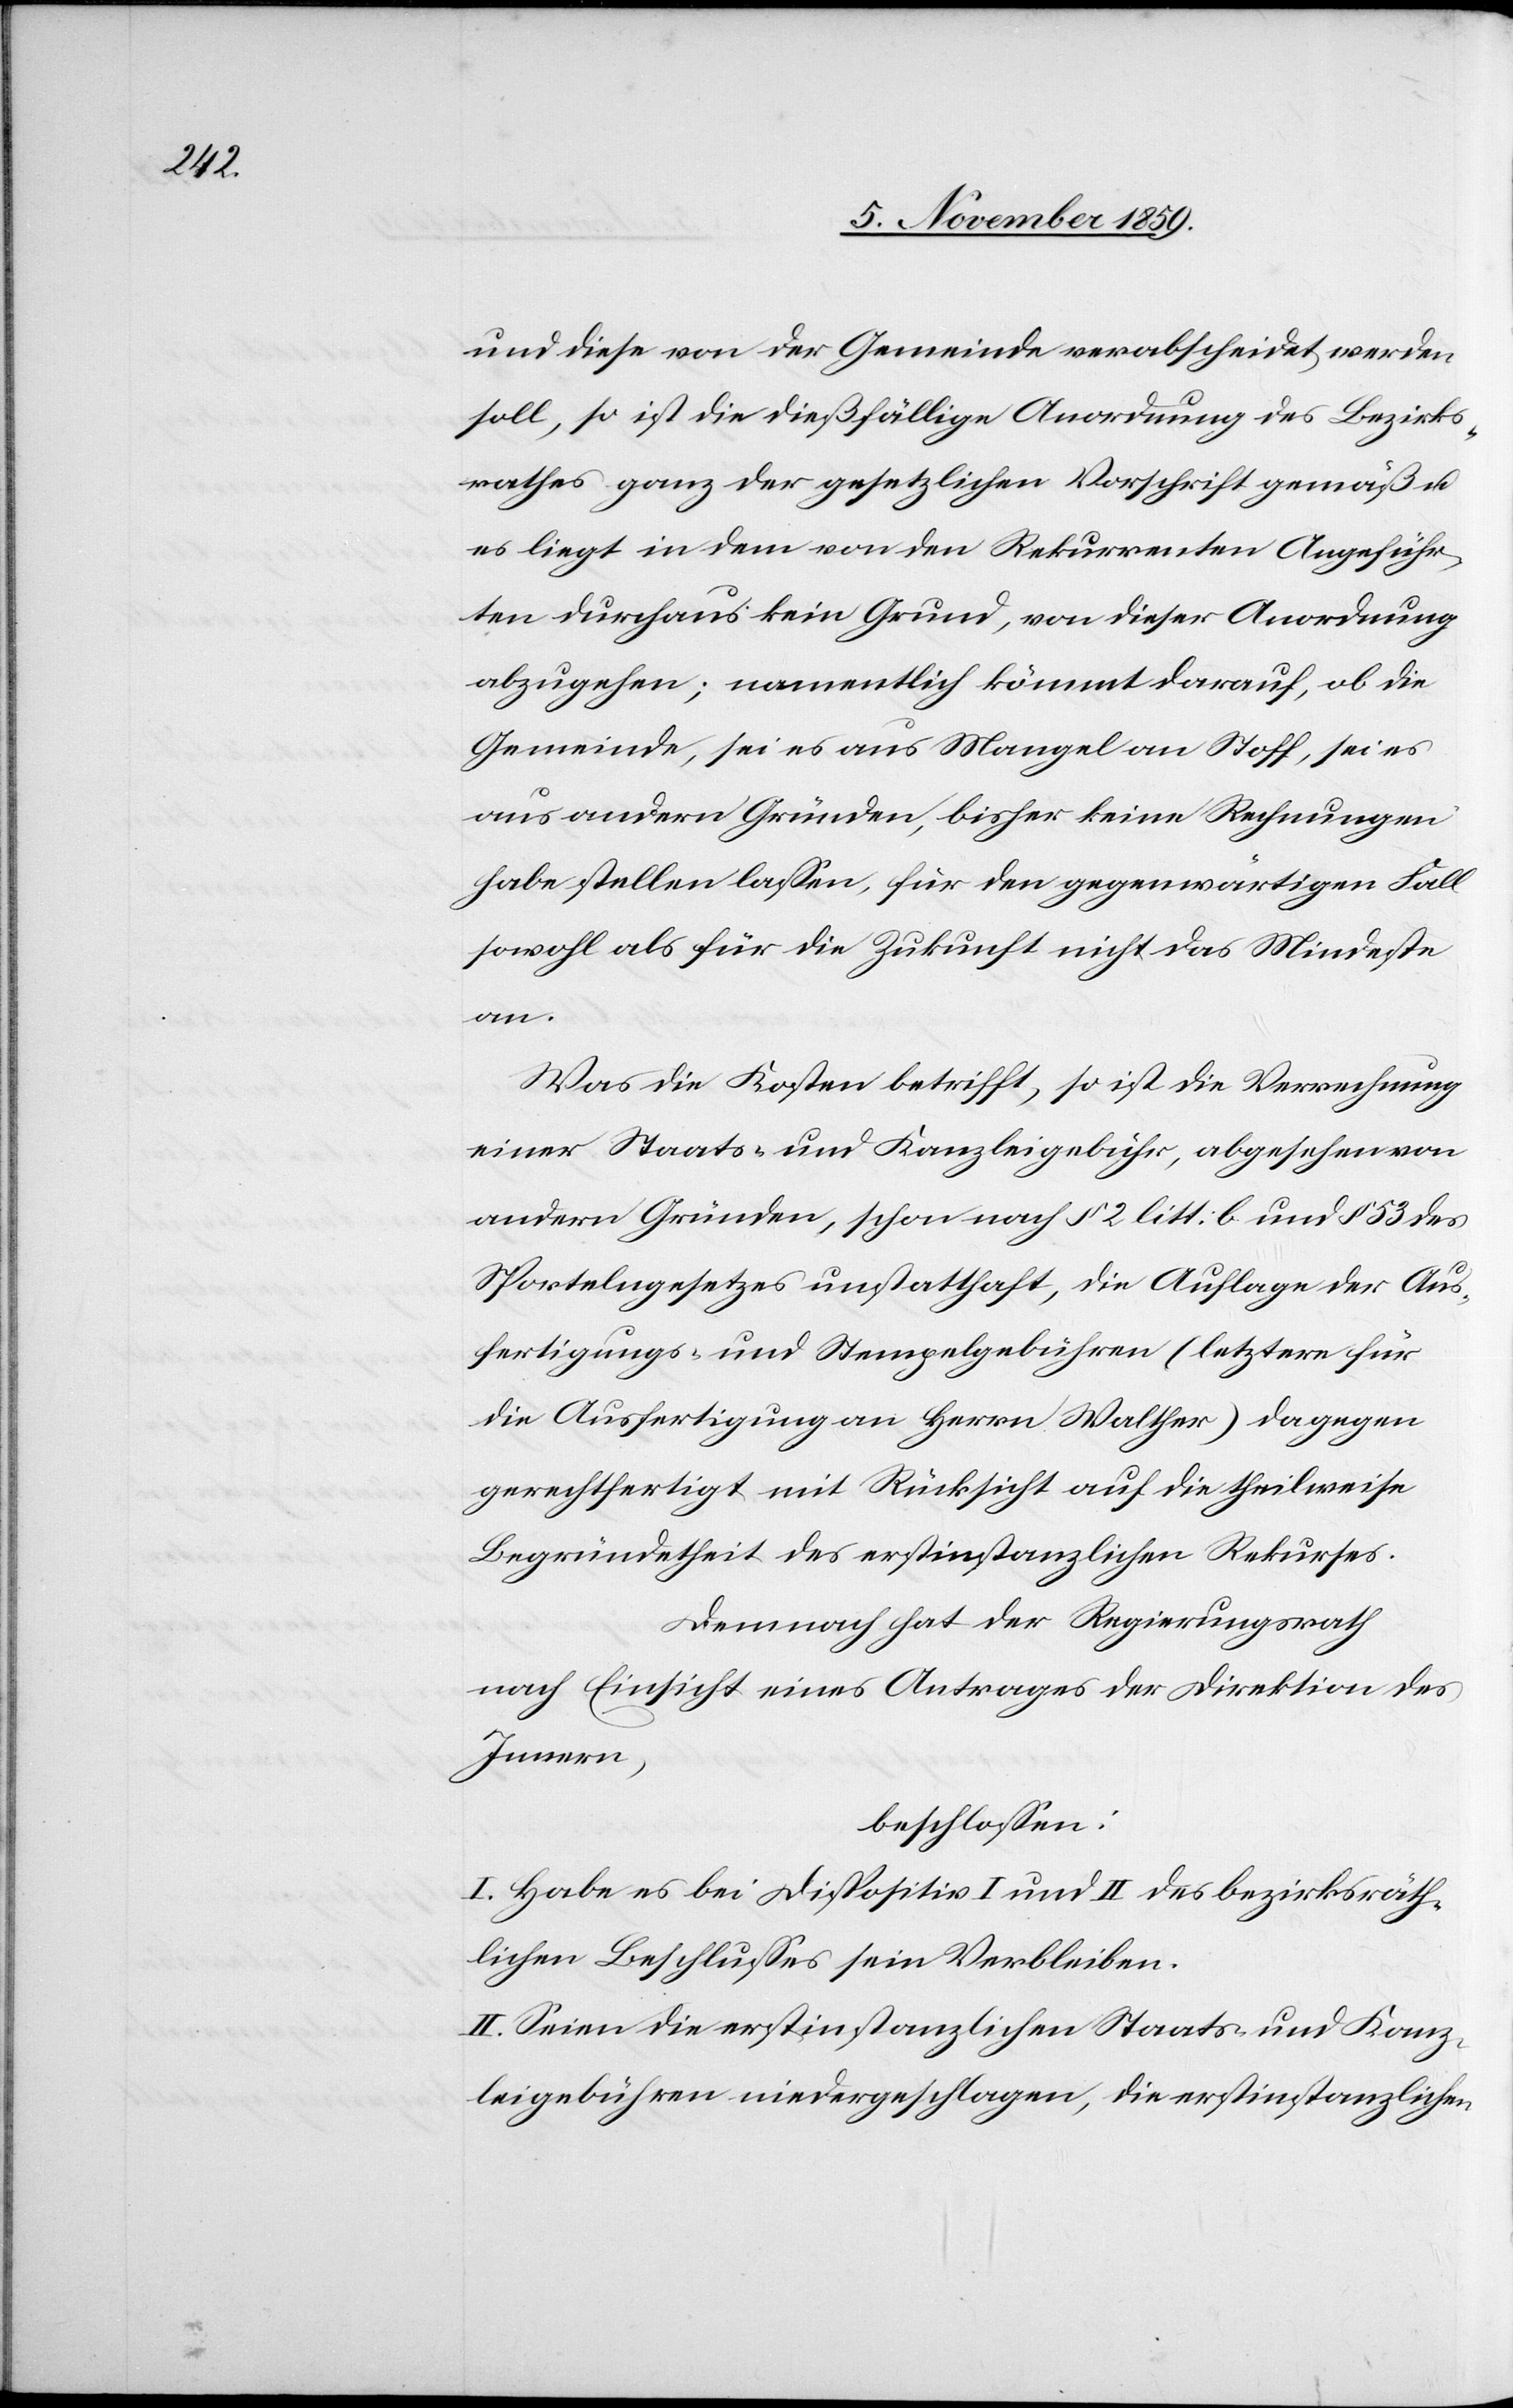
und diese von der Gemeinde verabschiedet werden
soll, so ist die dießfällige Anordnung des Bezirks¬
rathes ganz der gesetzlichen Vorschrift gemäß &
es liegt in dem von den Rekurrenten Angeführ¬
ten durchaus kein Grund, von dieser Anordnung
abzugehen; namentlich kömmt darauf, ob die
Gemeinde, sei es aus Mangel an Stoff, sei es
aus andern Gründen, bisher keine Rechnungen
habe stellen lassen, für den gegenwärtigen Fall
sowohl als für die Zukunft nicht das Mindeste
an.
Was die Kosten betrifft, so ist die Verrechnung
einer Staats- und Kanzleigebühr, abgesehen von
andern Gründen, schon nach § 2 litt: b und § 53 des
Sportelngesetzes unstatthaft, die Auflage der Aus¬
fertigungs- und Stempelgebühren (letztere für
die Ausfertigung an Herrn Walther) dagegen
gerechtfertigt mit Rücksicht auf die theilweise
Begründetheit des erstinstanzlichen Rekurses.
Demnach hat der Regierungsrath
nach Einsicht eines Antrages der Direktion des
Innern,
beschlossen:
I. Habe es bei Dispositiv I und II des bezirksräth¬
lichen Beschlusses sein Verbleiben.
II. Seien die erstinstanzlichen Staats- und Kanz¬
leigebühren niedergeschlagen, die erstinstanzlichen